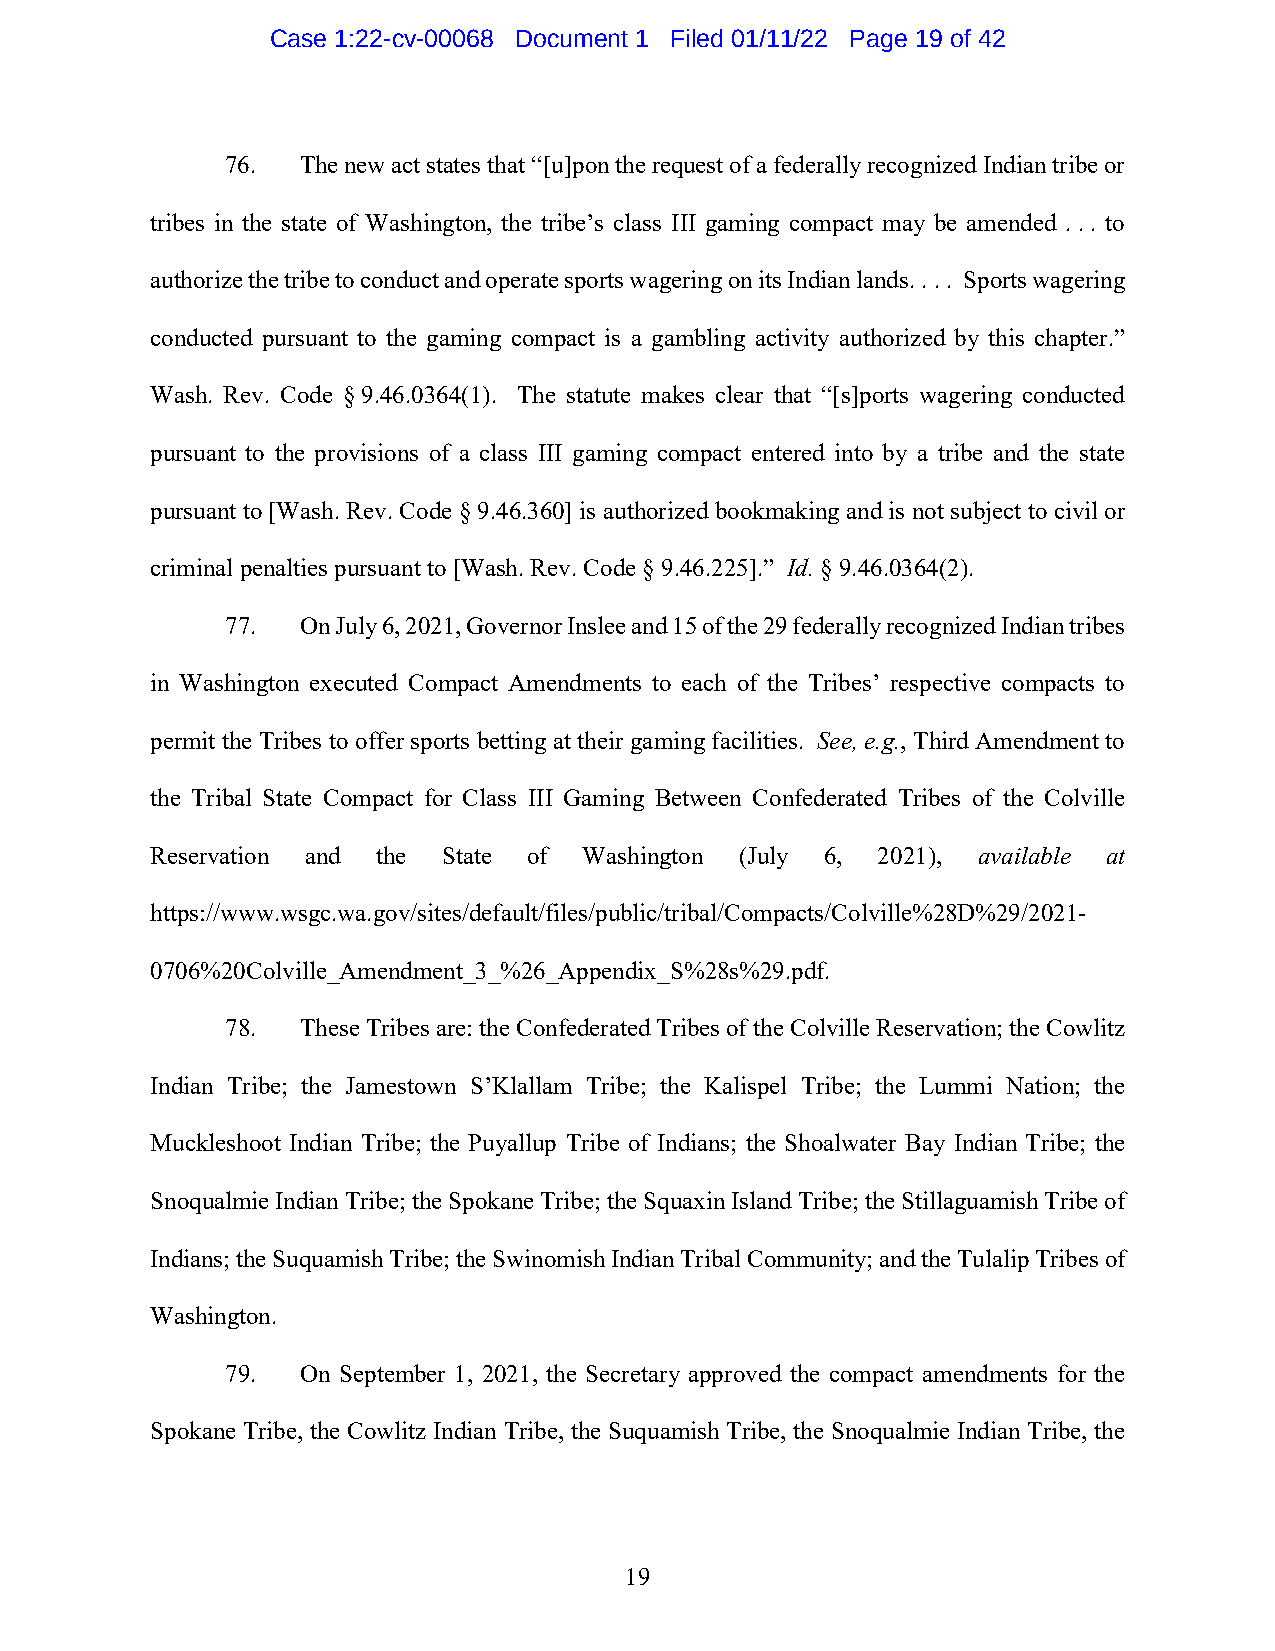
Case 1:22-cv-00068 Document 1 Filed 01/11/22 Page 19 of 42
 76.  The new act states that “[u]pon the request of a federally recognized Indian tribe or
 tribes in the state of Washington, the tribe’s class III gaming compact may be amended . . . to
 authorize the tribe to conduct and operate sports wagering on its Indian lands. . . . Sports wagering
 conducted pursuant to the gaming compact is a gambling activity authorized by this chapter.”
 Wash. Rev. Code § 9.46.0364(1). The statute makes clear that “[s]ports wagering conducted
 pursuant to the provisions of a class III gaming compact entered into by a tribe and the state
 pursuant to [Wash. Rev. Code § 9.46.360] is authorized bookmaking and is not subject to civil or
 criminal penalties pursuant to [Wash. Rev. Code § 9.46.225].” Id. § 9.46.0364(2).
 77.  On July 6, 2021, Governor Inslee and 15 of the 29 federally recognized Indian tribes
 in Washington executed Compact Amendments to each of the Tribes’ respective compacts to
 permit the Tribes to offer sports betting at their gaming facilities. See, e.g., Third Amendment to
 the Tribal State Compact for Class III Gaming Between Confederated Tribes of the Colville
 Reservation and the State of Washington (July 6, 2021), available at
 https://www.wsgc.wa.gov/sites/default/files/public/tribal/Compacts/Colville%28D%29/2021-
 0706%20Colville_Amendment_3_%26_Appendix_S%28s%29.pdf.
 78.  These Tribes are: the Confederated Tribes of the Colville Reservation; the Cowlitz
 Indian Tribe; the Jamestown S’Klallam Tribe; the Kalispel Tribe; the Lummi Nation; the
 Muckleshoot Indian Tribe; the Puyallup Tribe of Indians; the Shoalwater Bay Indian Tribe; the
 Snoqualmie Indian Tribe; the Spokane Tribe; the Squaxin Island Tribe; the Stillaguamish Tribe of
 Indians; the Suquamish Tribe; the Swinomish Indian Tribal Community; and the Tulalip Tribes of
 Washington.
 79.  On September 1, 2021, the Secretary approved the compact amendments for the
 Spokane Tribe, the Cowlitz Indian Tribe, the Suquamish Tribe, the Snoqualmie Indian Tribe, the
 19